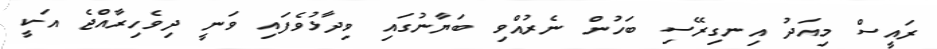
ރައީސް މިއަދު އިނގިރޭސި ބަހުން ނެރުއްވި ބަޔާނުގައި ވިދާޅުވެފައި ވަނީ ދިވެހިރާއްޖެ އަކީ